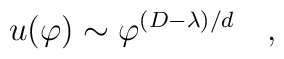
u(\varphi)\sim  \varphi^{(D-\lambda)/d}\quad,